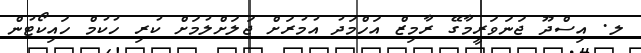
ލ. އިސްދޫ ޖަނަވަރީމާގޭ ރާމިޒް އަހްމަދު އުމުރަށް ޖަލަށްލުމަށް ކުރި ހުކުމް ހައިކޯޓުން